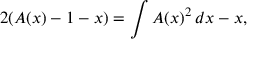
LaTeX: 2 ( A ( x ) - 1 - x ) = \int A ( x ) ^ { 2 } \, d x - x ,